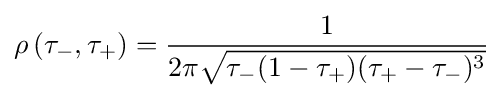
\rho \left(\tau _{-},\tau _{+}\right)={\frac {1}{2\pi {\sqrt {\tau _{-}(1-\tau _{+})(\tau _{+}-\tau _{-})^{3}}}}}